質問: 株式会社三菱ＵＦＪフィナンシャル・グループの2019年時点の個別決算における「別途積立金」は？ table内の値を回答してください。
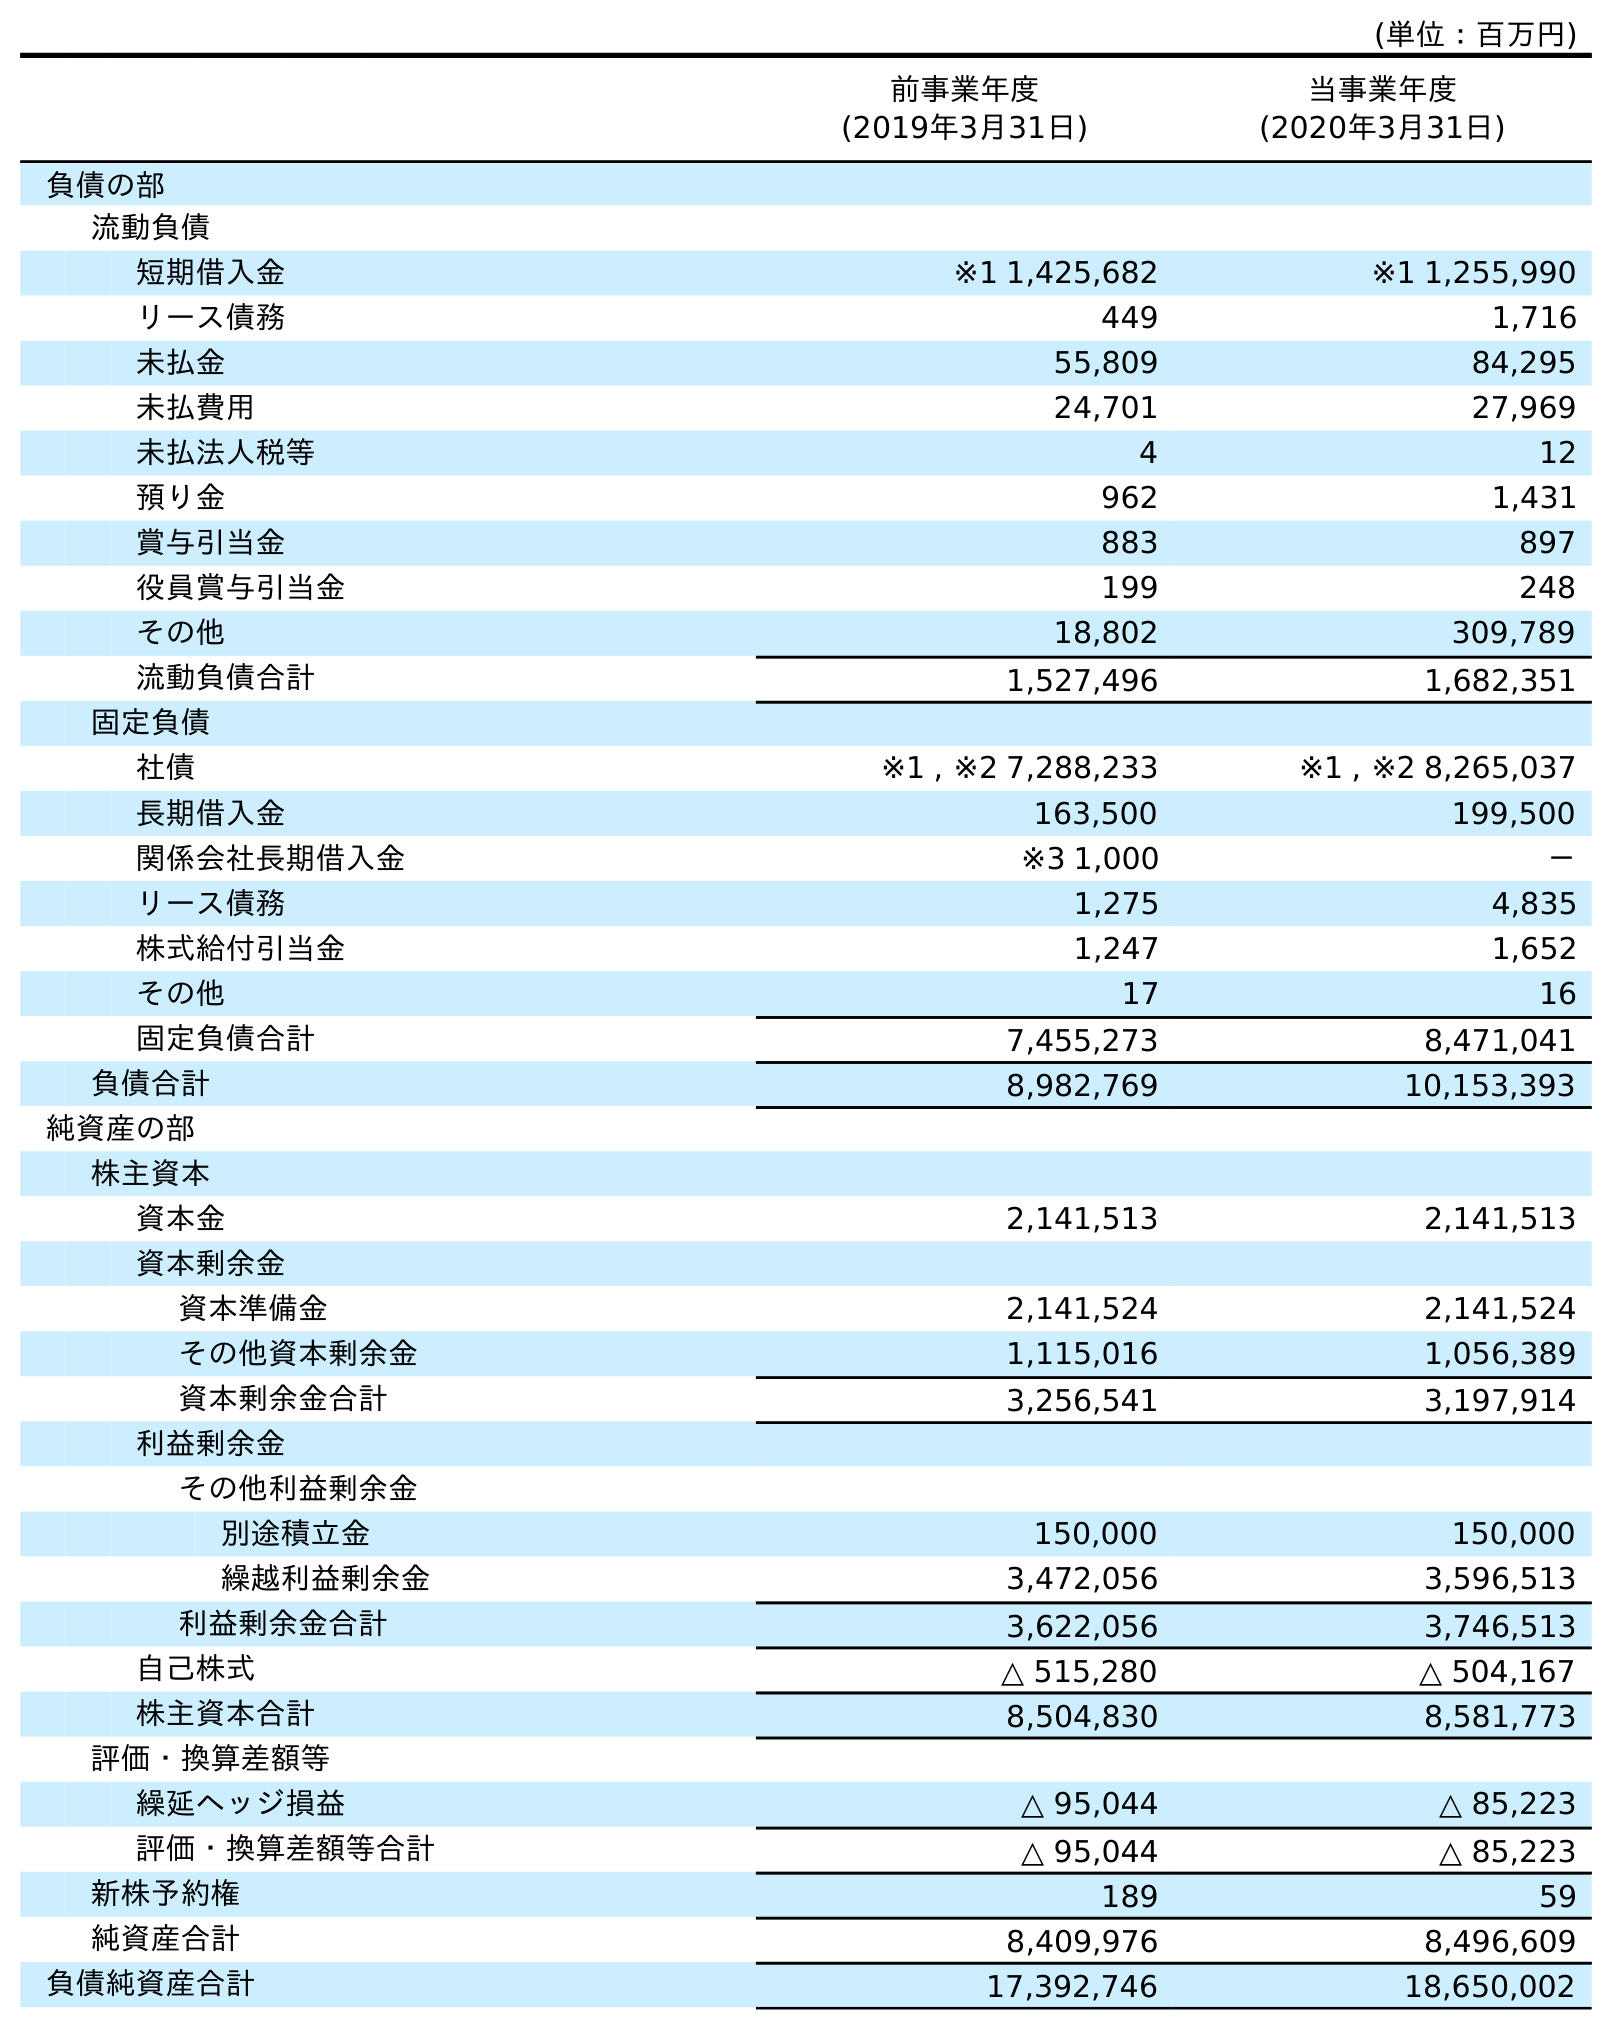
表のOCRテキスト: (単位：百万円) 前事業年度 (2019年3月31日) 当事業年度 (2020年3月31日) 負債の部 流動負債 短期借入金 ※1 1,425,682 ※1 1,255,990 リース債務 449 1,716 未払金 55,809 84,295 未払費用 24,701 27,969 未払法人税等 4 12 預り金 962 1,431 賞与引当金 883 897 役員賞与引当金 199 248 その他 18,802 309,789 流動負債合計 1,527,496 1,682,351 固定負債 社債 ※1 , ※2 7,288,233 ※1 , ※2 8,265,037 長期借入金 163,500 199,500 関係会社長期借入金 ※3 1,000 － リース債務 1,275 4,835 株式給付引当金 1,247 1,652 その他 17 16 固定負債合計 7,455,273 8,471,041 負債合計 8,982,769 10,153,393 純資産の部 株主資本 資本金 2,141,513 2,141,513 資本剰余金 資本準備金 2,141,524 2,141,524 その他資本剰余金 1,115,016 1,056,389 資本剰余金合計 3,256,541 3,197,914 利益剰余金 その他利益剰余金 別途積立金 150,000 150,000 繰越利益剰余金 3,472,056 3,596,513 利益剰余金合計 3,622,056 3,746,513 自己株式 △ 515,280 △ 504,167 株主資本合計 8,504,830 8,581,773 評価・換算差額等 繰延ヘッジ損益 △ 95,044 △ 85,223 評価・換算差額等合計 △ 95,044 △ 85,223 新株予約権 189 59 純資産合計 8,409,976 8,496,609 負債純資産合計 17,392,746 18,650,002
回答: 150,000